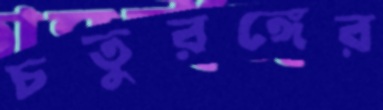
চতুরঙ্গের